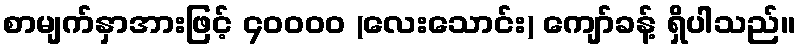
စာမျက်နှာအားဖြင့် ၄၀၀၀၀ (လေးသောင်း) ကျော်ခန့် ရှိပါသည်။